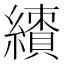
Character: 𱺊